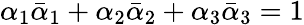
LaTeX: \alpha_{1}\bar{\alpha}_{1}+\alpha_{2}\bar{\alpha}_{2}+\alpha_{3}\bar{\alpha}_{3}=1